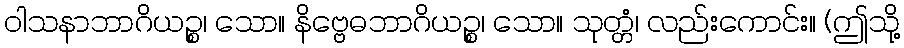
ဝါသနာဘာဂိယဉ္စ၊ သော။ နိဗ္ဗေဓဘာဂိယဉ္စ၊ သော။ သုတ္တံ၊ လည်းကောင်း။ (ဤသို့